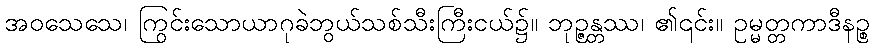
အဝသေသေ၊ ကြွင်းသောယာဂုခဲဘွယ်သစ်သီးကြီးငယ်၌။ ဘုဉ္ဇန္တဿ၊ ၏၎င်း။ ဥမ္မတ္တကာဒီနဉ္စ